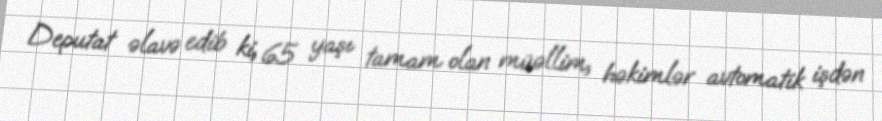
Deputat əlavə edib ki, 65 yaşı tamam olan müəllim, həkimlər avtomatik işdən